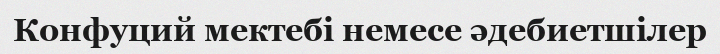
Конфуций мектебі немесе әдебиетшілер